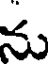
ను